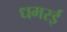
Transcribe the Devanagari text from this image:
धमरई